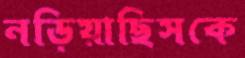
নড়িয়াছিসকে